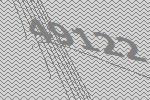
49122